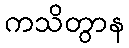
ကသိတွာန